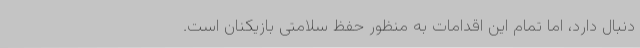
دنبال دارد، اما تمام این اقدامات به منظور حفظ سلامتی بازیکنان است.